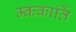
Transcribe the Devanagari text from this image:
म्ककार्ति